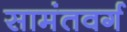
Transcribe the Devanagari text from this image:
सामंतवर्ग